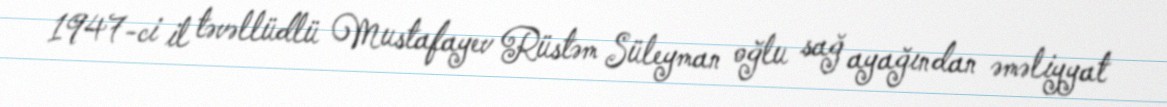
1947-ci il təvəllüdlü Mustafayev Rüstəm Süleyman oğlu sağ ayağından əməliyyat